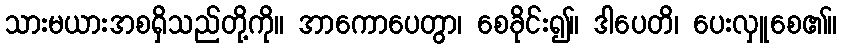
သားမယားအစရှိသည်တို့ကို။ အာကောပေတွာ၊ စေခိုင်း၍။ ဒါပေတိ၊ ပေးလှူစေ၏။